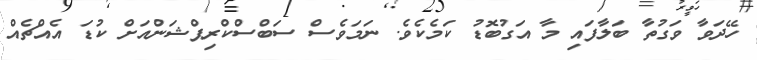
ހޭދަވާ ވަގުތާ ބަލާފައި މާ އަގުބޮޑު ކަމެކެވެ. ނަމަވެސް ސަބްސްކްރިޕްޝަންއަށް ކުޑަ އެެއްޗެއް